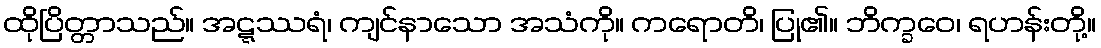
ထိုပြိတ္တာသည်။ အဋ္ဋဿရံ၊ ကျင်နာသော အသံကို။ ကရောတိ၊ ပြု၏။ ဘိက္ခဝေ၊ ရဟန်းတို့။